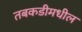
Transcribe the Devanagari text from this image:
तबकडीमधील